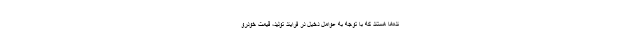
نده‌ها هستند که با توجه به عوامل دخیل در فرایند تولید، قیمت خودرو